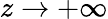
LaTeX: z\rightarrow+\infty